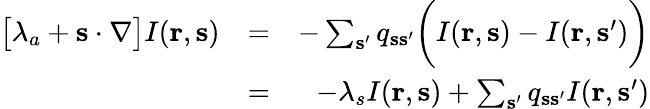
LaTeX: \begin{array}{rlr}{\big[\lambda_{a}+{\mathbf s}\cdot\nabla\big]I({\mathbf r},{\mathbf s})}&{=}&{-\sum_{{\mathbf s}^{\prime}}q_{{\mathbf s}{\mathbf s}^{\prime}}\bigg(I({\mathbf r},{\mathbf s})-I({\mathbf r},{\mathbf s}^{\prime})\bigg)}\\ &{=}&{-\lambda_{s}I({\mathbf r},{\mathbf s})+\sum_{{\mathbf s}^{\prime}}q_{{\mathbf s}{\mathbf s}^{\prime}}I({\mathbf r},{\mathbf s}^{\prime})}\end{array}